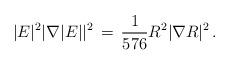
LaTeX: \begin{align*}|E|^{2} |\nabla |E||^{2} \,=\, \frac{1}{576} R^{2} |\nabla R|^{2} \,. \end{align*}